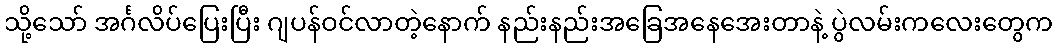
သို့သော် အင်္ဂလိပ်ပြေးပြီး ဂျပန်ဝင်လာတဲ့နောက် နည်းနည်းအခြေအနေအေးတာနဲ့ ပွဲလမ်းကလေးတွေက